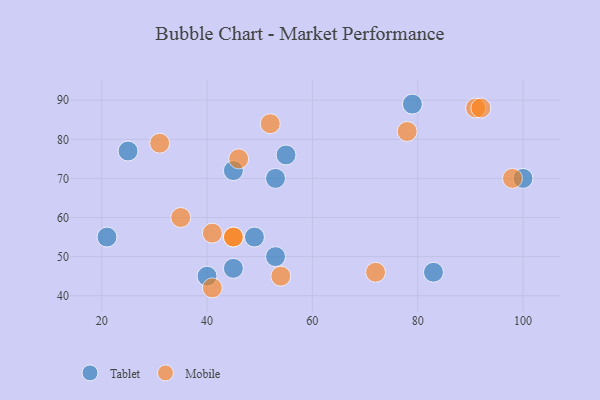
{"axis": {"x": "GDP", "y": "Life Expectancy"}, "legend": ["Mobile", "Tablet"], "data": [{"x": "40", "y": 45, "type": "Tablet"}, {"x": "100", "y": 70, "type": "Tablet"}, {"x": "45", "y": 47, "type": "Tablet"}, {"x": "83", "y": 46, "type": "Tablet"}, {"x": "53", "y": 70, "type": "Tablet"}, {"x": "53", "y": 50, "type": "Tablet"}, {"x": "55", "y": 76, "type": "Tablet"}, {"x": "21", "y": 55, "type": "Tablet"}, {"x": "25", "y": 77, "type": "Tablet"}, {"x": "79", "y": 89, "type": "Tablet"}, {"x": "49", "y": 55, "type": "Tablet"}, {"x": "45", "y": 72, "type": "Tablet"}, {"x": "98", "y": 70, "type": "Mobile"}, {"x": "45", "y": 55, "type": "Mobile"}, {"x": "91", "y": 88, "type": "Mobile"}, {"x": "92", "y": 88, "type": "Mobile"}, {"x": "35", "y": 60, "type": "Mobile"}, {"x": "41", "y": 42, "type": "Mobile"}, {"x": "52", "y": 84, "type": "Mobile"}, {"x": "72", "y": 46, "type": "Mobile"}, {"x": "46", "y": 75, "type": "Mobile"}, {"x": "41", "y": 56, "type": "Mobile"}, {"x": "45", "y": 55, "type": "Mobile"}, {"x": "54", "y": 45, "type": "Mobile"}, {"x": "31", "y": 79, "type": "Mobile"}, {"x": "78", "y": 82, "type": "Mobile"}]}